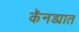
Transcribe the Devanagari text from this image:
कॅनड्यात